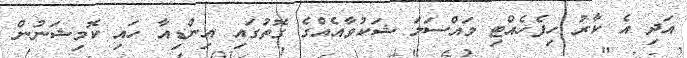
އަދި އެ ކާރު ހިފެހެއްޓި މައްސަލަ ޝަކުވާއެއްގެ ގޮތުގައި އިންޑިއާ ހައި ކޮމިޝަނުން